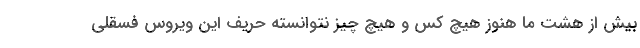
بیش از هشت ما هنوز هیچ کس و هیچ چیز نتوانسته حریف این ویروس فسقلی